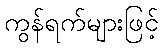
ကွန်ရက်များဖြင့်